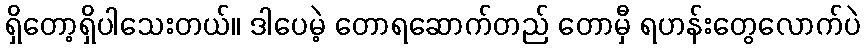
ရှိတော့ရှိပါသေးတယ်။ ဒါပေမဲ့ တောရဆောက်တည် တောမှီ ရဟန်းတွေလောက်ပဲ